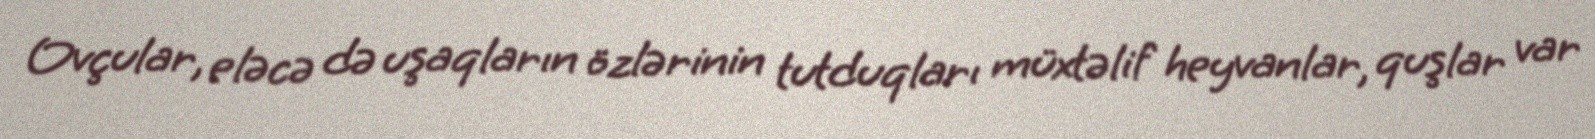
Ovçular, eləcə də uşaqların özlərinin tutduqları müxtəlif heyvanlar, quşlar var